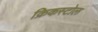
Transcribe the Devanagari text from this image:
क्रिकस्टोल